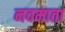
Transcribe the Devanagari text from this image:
नवमाता